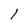
Character: 1